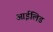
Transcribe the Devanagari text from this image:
आईलिड